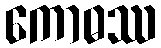
ကောဓဿ